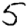
Digit: 5